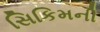
સિકિમની